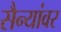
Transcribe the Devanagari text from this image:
सैन्यांवर